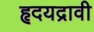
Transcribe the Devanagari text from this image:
हृदयद्रावी